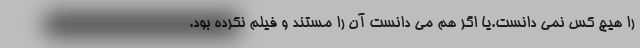
را هیچ کس نمی دانست.یا اگر هم می دانست آن را مستند و فیلم نکرده بود.